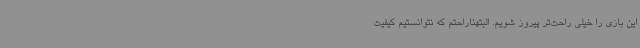
این بازی را خیلی راحت‌تر پیروز شویم. البتهناراحتم که نتوانستیم کیفیت